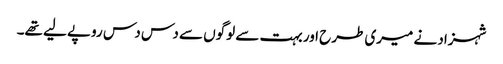
شہزاد نے میری طرح اور بہت سے لوگوں سے دس دس روپے لیے تھے۔